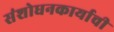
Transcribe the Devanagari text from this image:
संशोधनकार्याची